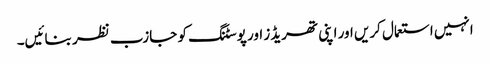
انہیں استعمال کریں اور اپنی تھریڈز اور پوسٹنگ کو جازب نظر بنائیں۔